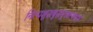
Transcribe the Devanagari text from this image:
नित्यशुद्धबुद्धमुक्तस्वभावं